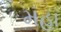
મહા